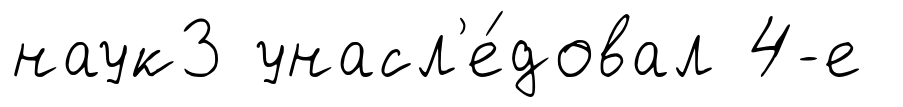
наук3 унасл'е́довал 4-е